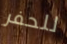
للحفر